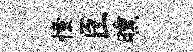
憧臣曛